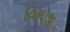
વિભાજી